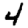
Digit: 4